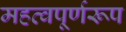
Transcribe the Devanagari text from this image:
महत्वपूर्णरूप